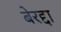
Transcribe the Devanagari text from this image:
बेरद्दा